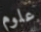
علوم